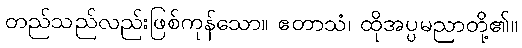
တည်သည်လည်းဖြစ်ကုန်သော။ ဧတာသံ၊ ထိုအပ္ပမညာတို့၏။